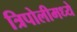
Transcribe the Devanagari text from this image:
त्रिपोलीमध्ये